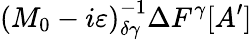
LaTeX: \left(M_{0}-i\varepsilon\right)_{\delta\gamma}^{-1}\Delta F^{\gamma}[A^{\prime}]